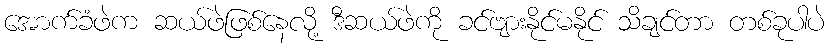
အောက်ခံဖဲက ဆယ်ဖဲဖြစ်နေလို့ ဒီဆယ်ဖဲကို ခင်ဗျားနိုင်မနိုင် သိချင်တာ တစ်ခုပါပဲ